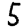
Digit: 5